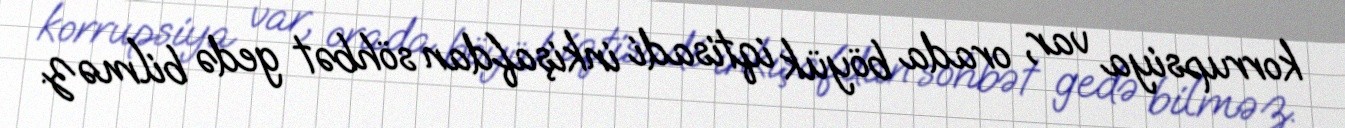
korrupsiya var, orada böyük iqtisadi inkişafdan söhbət gedə bilməz.